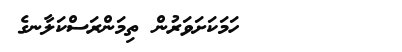
١٦        ހަމަކަށަވަރުން ތިމަންރަސްކަލާނގެ